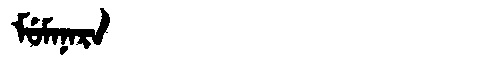
Manchu: ᠮᡠᠮᠠᠨᠠᡵᠠ
Romanization: MUMANARA